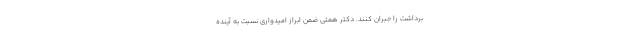
برداشت را جبران کنند. دکتر همتی ضمن ابراز امیدواری نسبت به آینده